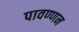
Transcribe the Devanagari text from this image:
पावण्णन